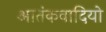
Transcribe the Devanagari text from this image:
आतंकवादियो